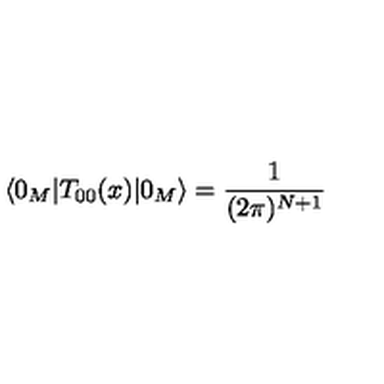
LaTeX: \langle 0 _ { M } | T _ { 0 0 } ( x ) | 0 _ { M } \rangle = \frac { 1 } { ( 2 \pi ) ^ { N + 1 } }